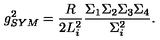
g _ { S Y M } ^ { 2 } = \frac { R } { 2 L _ { i } ^ { 2 } } \frac { \Sigma _ { 1 } \Sigma _ { 2 } \Sigma _ { 3 } \Sigma _ { 4 } } { \Sigma _ { i } ^ { 2 } } .